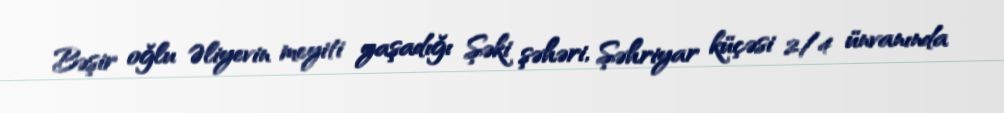
Bəşir oğlu Əliyevin meyiti yaşadığı Şəki şəhəri, Şəhriyar küçəsi 2/4 ünvanında